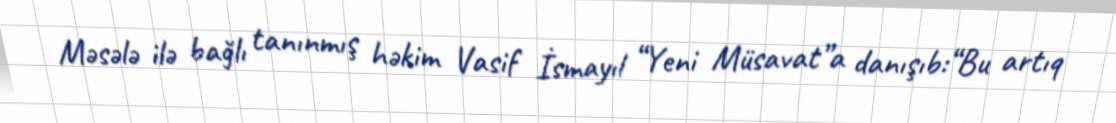
Məsələ ilə bağlı tanınmış həkim Vasif İsmayıl “Yeni Müsavat”a danışıb:“Bu artıq